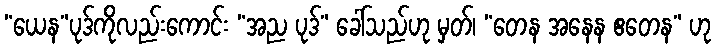
“ယေန”ပုဒ်ကိုလည်းကောင်း “အည ပုဒ်” ခေါ်သည်ဟု မှတ်၊ “တေန အနေန ဧတေန” ဟု